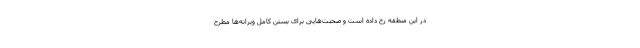
در این منطقه رخ داده است و صحبت‌هایی برای بستن کامل ویرانه‌ها مطرح